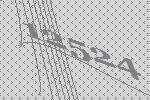
12524